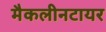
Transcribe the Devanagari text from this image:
मैकलीनटायर